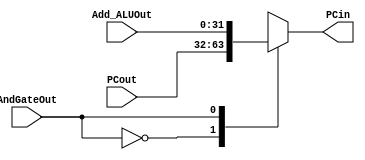
module Mux_AndGateOut (PCout, Add_ALUOut, AndGateOut, PCin);

	input [31:0] PCout, Add_ALUOut;
	input AndGateOut;	
	
	output reg [31:0] PCin;
	
	initial begin
		PCin <= 0;
	end
	
	always @(*) begin
		case (AndGateOut)
			0: PCin <= PCout ;
			1: PCin <= Add_ALUOut;
		endcase
	end
endmodule